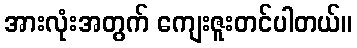
အားလုံးအတွက် ကျေးဇူးတင်ပါတယ်။